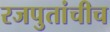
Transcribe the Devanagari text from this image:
रजपुतांचीच